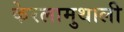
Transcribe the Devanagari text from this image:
केरलामुथाली